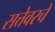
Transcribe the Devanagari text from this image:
सत्तेवरचे